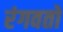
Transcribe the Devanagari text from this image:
रंगवतो